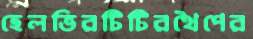
হেলভিরটিটিরথৈপের